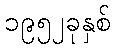
၁၉၅၂ခုနှစ်